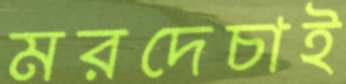
মরদেচাই